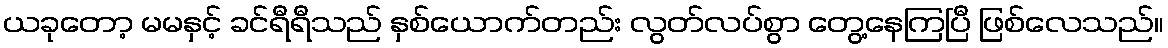
ယခုတော့ မမနှင့် ခင်ရီရီသည် နှစ်ယောက်တည်း လွတ်လပ်စွာ တွေ့နေကြပြီ ဖြစ်လေသည်။